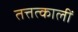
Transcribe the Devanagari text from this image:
तत्तत्कालीं